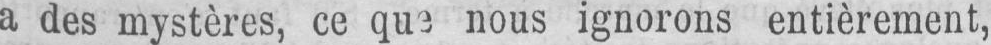
a des mystères, ce que nous ignorons entièrement,